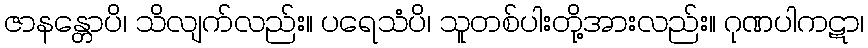
ဇာနန္တောပိ၊ သိလျက်လည်း။ ပရေသံပိ၊ သူတစ်ပါးတို့အားလည်း။ ဂုဏပါကဋာ၊